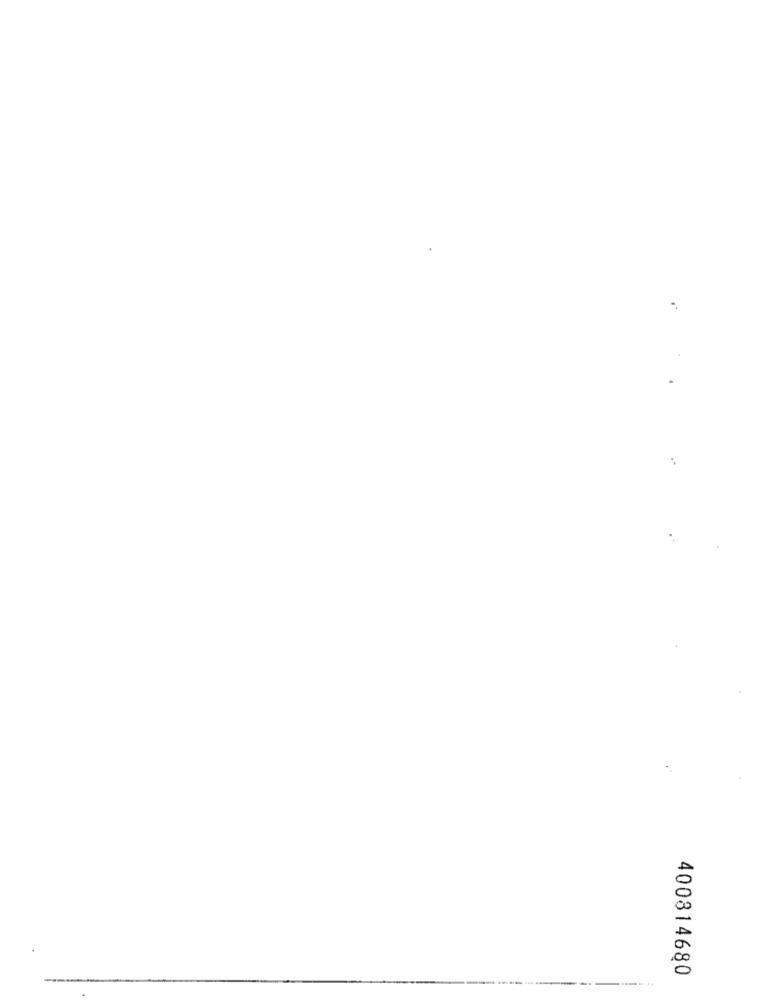
400814680